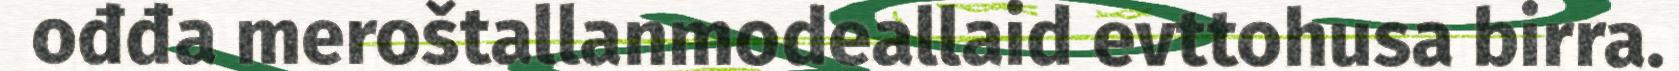
ođđa meroštallanmodeallaid evttohusa birra.